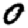
Digit: 0